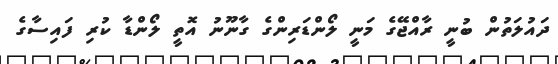
ދައުލަތުން ބުނީ ރާއްޖޭގެ މަނީ ލޯންޑަރިންގެ ގާނޫނު އޮތީ ލޯންޑާ ކުރި ފައިސާގެ